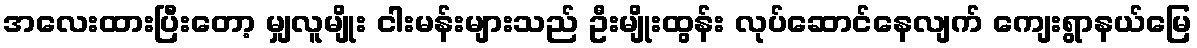
အလေးထားပြီးတော့ မျှလူမျိုး ငါးမန်းများသည် ဦးမျိုးထွန်း လုပ်ဆောင်နေလျက် ကျေးရွာနယ်မြေ